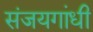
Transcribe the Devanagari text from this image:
संजयगांधी